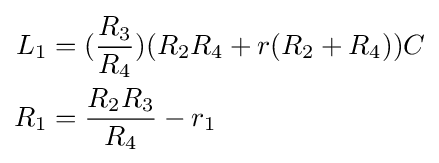
{\begin{aligned}L_{1}&=({\frac {R_{3}}{R_{4}}})(R_{2}R_{4}+r(R_{2}+R_{4}))C\\R_{1}&={\frac {R_{2}R_{3}}{R_{4}}}-r_{1}\end{aligned}}